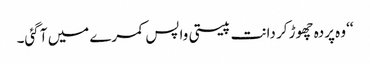
‘‘ وہ پردہ چھوڑ کر دانت پیستی واپس کمرے میں آ گئی۔